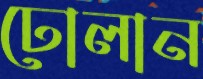
ঢোলান